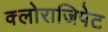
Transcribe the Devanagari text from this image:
क्लोराजिपेट